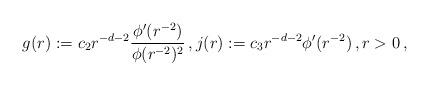
LaTeX: \begin{align*}g(r):=c_2 r^{-d-2}\frac{\phi'(r^{-2})}{\phi(r^{-2})^2}\, , j(r):=c_3 r^{-d-2} \phi'(r^{-2})\, , r>0\, ,\end{align*}